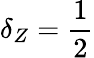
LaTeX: \delta_{Z}=\frac{1}{2}